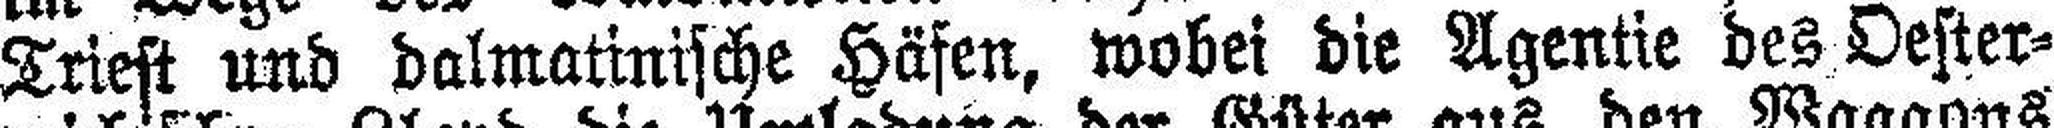
Triest und dalmatinische Häfen, wobei die Agentie des Oester¬